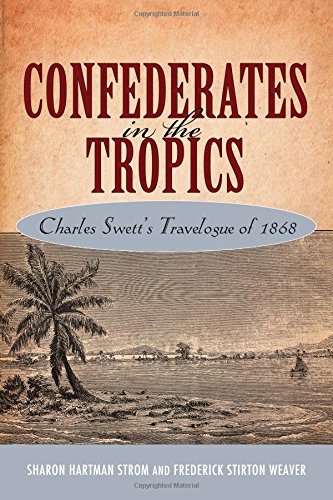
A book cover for Confederates in the Tropics: Charles Swett's Travelogue; Sharon Hartman Strom; Travel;